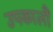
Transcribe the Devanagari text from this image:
उपकालौं